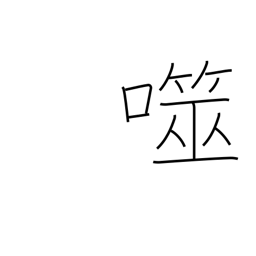
Meaning: bite